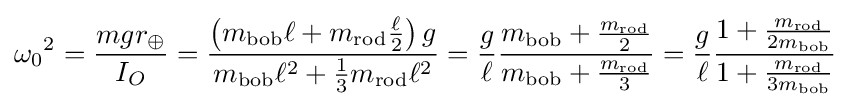
{\omega _{0}}^{2}={\frac {mgr_{\oplus }}{I_{O}}}={\frac {\left(m_{\mathrm {bob} }\ell +m_{\mathrm {rod} }{\frac {\ell }{2}}\right)g}{m_{\mathrm {bob} }\ell ^{2}+{\frac {1}{3}}m_{\mathrm {rod} }\ell ^{2}}}={\frac {g}{\ell }}{\frac {m_{\mathrm {bob} }+{\frac {m_{\mathrm {rod} }}{2}}}{m_{\mathrm {bob} }+{\frac {m_{\mathrm {rod} }}{3}}}}={\frac {g}{\ell }}{\frac {1+{\frac {m_{\mathrm {rod} }}{2m_{\mathrm {bob} }}}}{1+{\frac {m_{\mathrm {rod} }}{3m_{\mathrm {bob} }}}}}